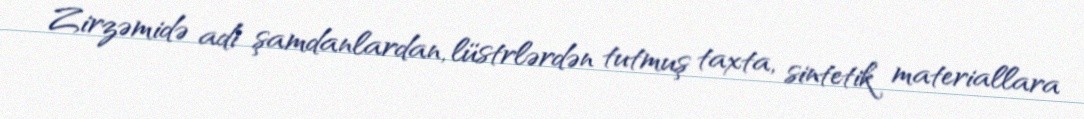
Zirzəmidə adi şamdanlardan, lüstrlərdən tutmuş taxta, sintetik materiallara